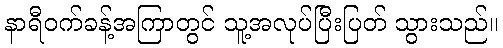
နာရီဝက်ခန့်အကြာတွင် သူ့အလုပ်ပြီးပြတ် သွားသည်။